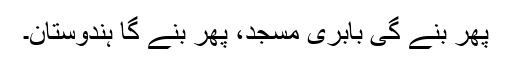
پھر بنے گی بابری مسجد، پھر بنے گا ہندوستان۔